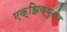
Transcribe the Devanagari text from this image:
एक्झिक्युटीव